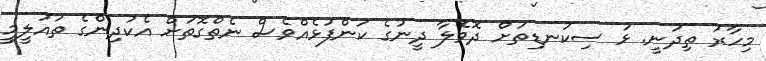
މިހާރު ތިދަނީ. ޅަ ސިކުނޑިތަށް ދޮވެލާ ދީނުގެ ކަންފުޅެއްވެސް ނެތްގޮތަށް އެކުދިންގެ ތައުލީމީ